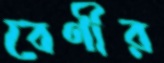
বেণীর